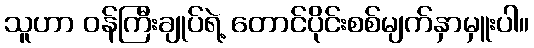
သူဟာ ဝန်ကြီးချုပ်ရဲ့ တောင်ပိုင်းစစ်မျက်နှာမှူးပါ။